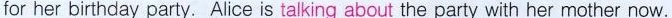
for her birthday party. Alice is talking about the party with her mother now.